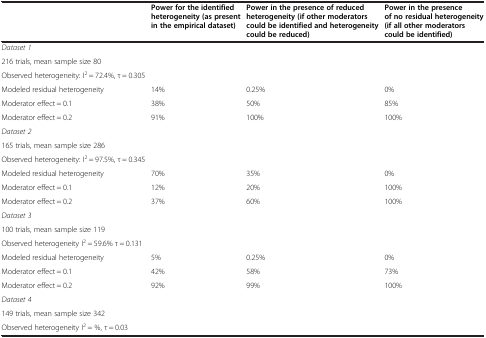
|  | Power for the identified heterogeneity (as present in the empirical dataset) | Power in the presence of reduced heterogeneity (if other moderators could be identified and heterogeneity could be reduced) | Power in the presence of no residual heterogeneity (if all other moderators could be identified) |
 | --- | --- | --- | --- |
 | Dataset 1 | <ROWSPAN=3>  | <ROWSPAN=3>  | <ROWSPAN=3>  |
 | 216 trials, mean sample size 80 |
 | Observed heterogeneity: I2 = 72.4%, τ = 0.305 |
 | Modeled residual heterogeneity | 14% | 0.25% | 0% |
 | Moderator effect = 0.1 | 38% | 50% | 85% |
 | Moderator effect = 0.2 | 91% | 100% | 100% |
 | Dataset 2 | <ROWSPAN=3>  | <ROWSPAN=3>  | <ROWSPAN=3>  |
 | 165 trials, mean sample size 286 |
 | Observed heterogeneity: I2 = 97.5%, τ = 0.345 |
 | Modeled residual heterogeneity | 70% | 35% | 0% |
 | Moderator effect = 0.1 | 12% | 20% | 100% |
 | Moderator effect = 0.2 | 37% | 60% | 100% |
 | Dataset 3 | <ROWSPAN=3>  | <ROWSPAN=3>  | <ROWSPAN=3>  |
 | 100 trials, mean sample size 119 |
 | Observed heterogeneity I2 = 59.6% τ = 0.131 |
 | Modeled residual heterogeneity | 5% | 0.25% | 0% |
 | Moderator effect = 0.1 | 42% | 58% | 73% |
 | Moderator effect = 0.2 | 92% | 99% | 100% |
 | Dataset 4 | <ROWSPAN=3>  | <ROWSPAN=3>  | <ROWSPAN=3>  |
 | 149 trials, mean sample size 342 |
 | Observed heterogeneity I2 = %, τ = 0.03 |